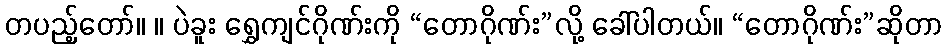
တပည့်တော်။ ။ ပဲခူး ရွှေကျင်ဂိုဏ်းကို “တောဂိုဏ်း”လို့ ခေါ်ပါတယ်။ “တောဂိုဏ်း”ဆိုတာ